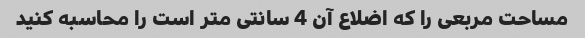
مساحت مربعی را که اضلاع آن 4 سانتی متر است را محاسبه کنید